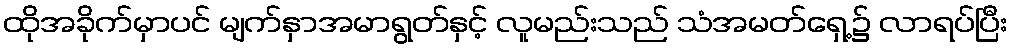
ထိုအခိုက်မှာပင် မျက်နှာအမာရွတ်နှင့် လူမည်းသည် သံအမတ်ရှေ့၌ လာရပ်ပြီး